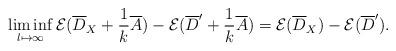
LaTeX: \begin{align*}\liminf_{l\mapsto \infty} \mathcal{E}(\overline{D}_X+\frac{1}{k}\overline{A})-\mathcal{E}(\overline{D}'+\frac{1}{k}\overline{A})=\mathcal{E}(\overline{D}_X)-\mathcal{E}(\overline{D}').\end{align*}